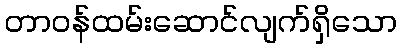
တာဝန်ထမ်းဆောင်လျက်ရှိသော